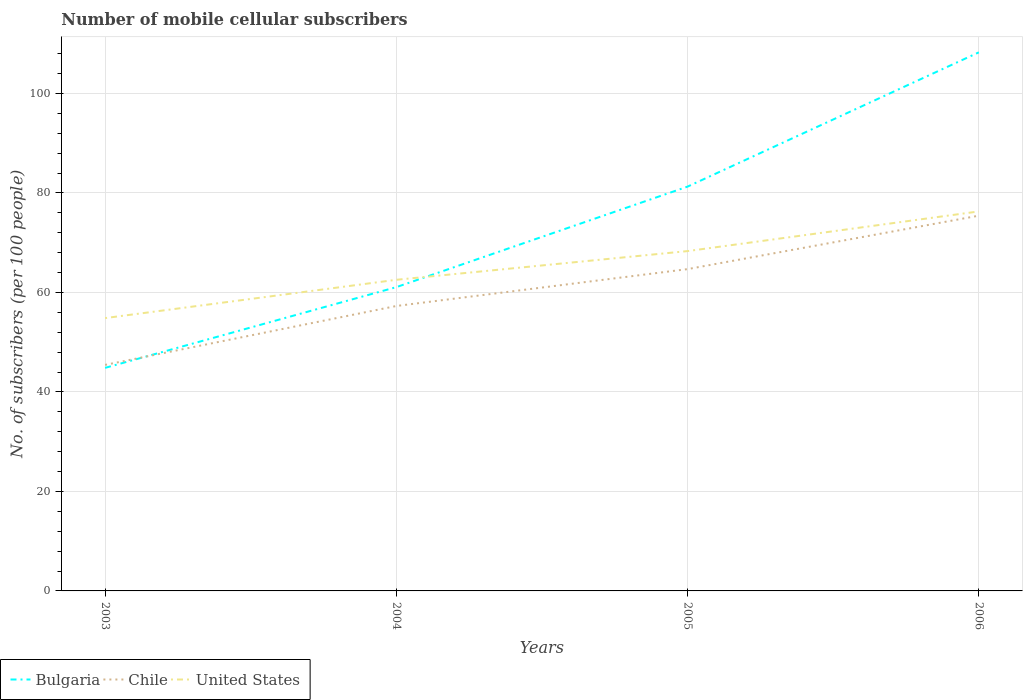
| Years | Bulgaria | Chile | United States |
 | --- | --- | --- | --- |
 | 2003 | 44.8 | 45.4 | 54.8 |
 | 2004 | 61.1 | 57.3 | 62.5 |
 | 2005 | 81.3 | 64.7 | 68.3 |
 | 2006 | 108 | 75.4 | 76.3 |